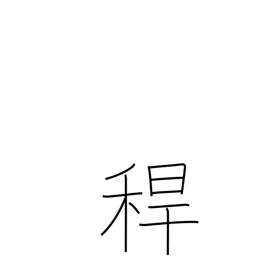
Meaning: hollow stem